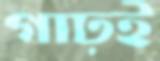
গাঢ়ই